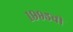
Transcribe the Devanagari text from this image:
१९९५ची